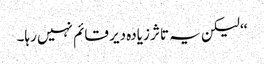
‘‘ لیکن یہ تاثر زیادہ دیر قائم نہیں رہا۔